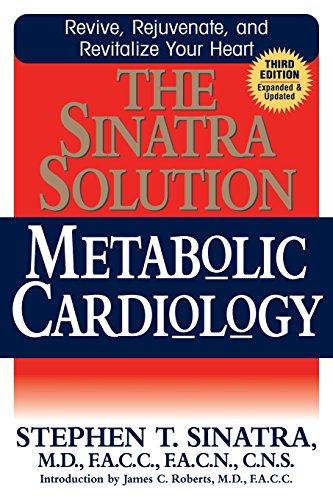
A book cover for The Sinatra Solution: Metabolic Cardiology; Stephen T. Sinatra; Health, Fitness & Dieting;